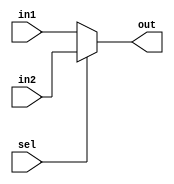
module m21(in1, in2, sel, out);
//inputs
input wire in1;
input wire in2; 
input wire sel;
//outputs
output out;
//mux  function
assign out = (sel)?in2:in1;
endmodule